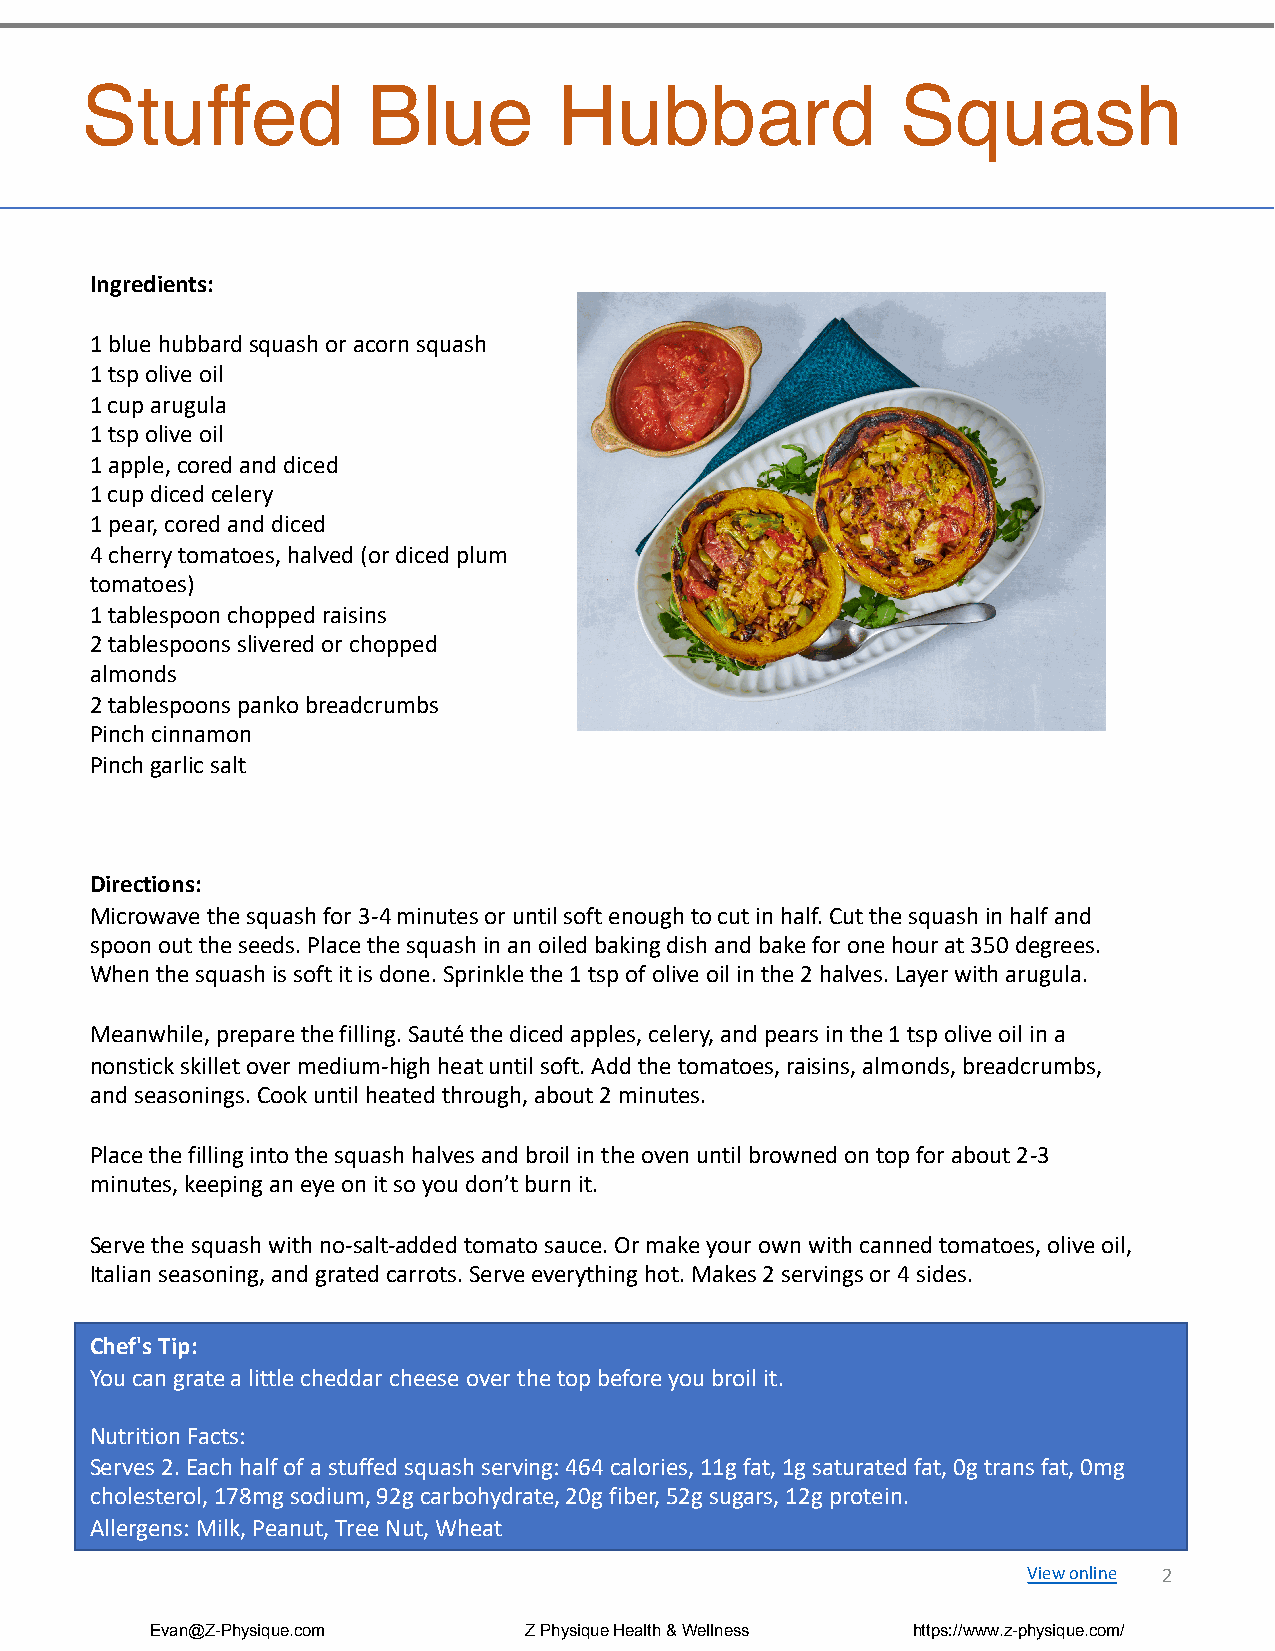
Stuffed            Blue         Hubbard                Squash
 Ingredients:
 1 blue hubbard squash or acorn squash
 1 tsp olive oil
 1 cup arugula
 1 tsp olive oil
 1 apple, cored and diced
 1 cup diced celery
 1 pear, cored and diced
 4 cherry tomatoes, halved (or diced plum
 tomatoes)
 1 tablespoon chopped raisins
 2 tablespoons slivered or chopped
 almonds
 2 tablespoons panko breadcrumbs
 Pinch cinnamon
 Pinch garlic salt
 Directions:
 Microwave the squash for 3-4 minutes or until soft enough to cut in half. Cut the squash in half and
 spoon out the seeds. Place the squash in an oiled baking dish and bake for one hour at 350 degrees.
 When the squash is soft it is done. Sprinkle the 1 tsp of olive oil in the 2 halves. Layer with arugula.
 Meanwhile, prepare the filling. Sauté the diced apples, celery, and pears in the 1 tsp olive oil in a
 nonstick skillet over medium-high heat until soft. Add the tomatoes, raisins, almonds, breadcrumbs,
 and seasonings. Cook until heated through, about 2 minutes.
 Place the filling into the squash halves and broil in the oven until browned on top for about 2-3
 minutes, keeping an eye on it so you don’t burn it.
 Serve the squash with no-salt-added tomato sauce. Or make your own with canned tomatoes, olive oil,
 Italian seasoning, and grated carrots. Serve everything hot. Makes 2 servings or 4 sides.
 Chef's Tip:
 You can grate a little cheddar cheese over the top before you broil it.
 Nutrition Facts:
 Serves 2. Each half of a stuffed squash serving: 464 calories, 11g fat, 1g saturated fat, 0g trans fat, 0mg
 cholesterol, 178mg sodium, 92g carbohydrate, 20g fiber, 52g sugars, 12g protein.
 Allergens: Milk, Peanut, Tree Nut, Wheat
 View online 2
 Evan@Z-Physique.com      Z Physique Health & Wellness https://www.z-physique.com/